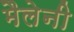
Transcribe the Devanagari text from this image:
मैलेनी